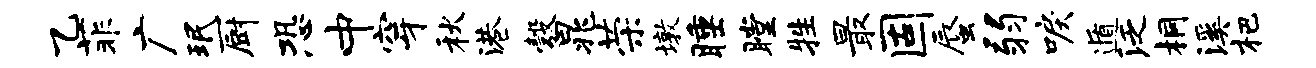
乙菲广珉厨恐中穿秋港彀晁荣墩睡瞠牲最固蜃弱唳遁泛桐溪杷